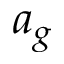
a _ { g }